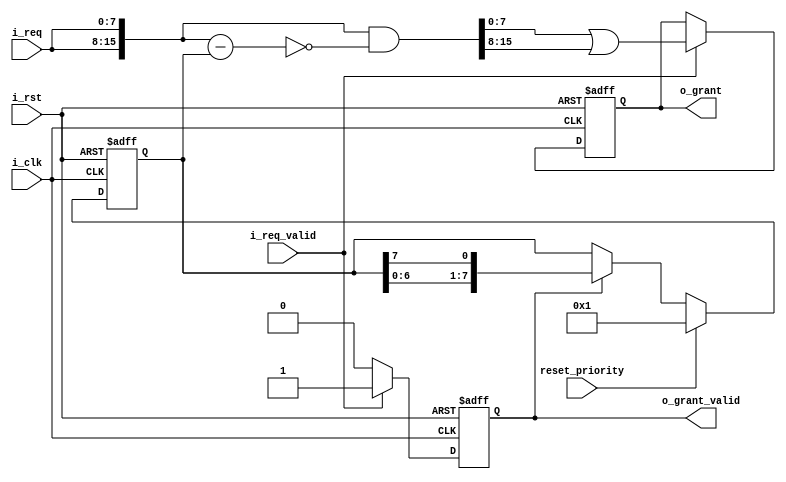
`timescale 1ns / 1ps
//////////////////////////////////////////////////////////////////////////////////
// Company: 
// Engineer: 
// 
// Design Name: 
// Module Name: RR_arbiter
// Project Name: 
// Target Devices: 
// Tool Versions: 
// Description: 
// 
// Dependencies: 
// 
// Revision:
// Revision 0.01 - File Created
// Additional Comments:
// 
//////////////////////////////////////////////////////////////////////////////////


module RR_arbiter#(
    parameter       P_CHANNEL_NUM   =   8
)(
    input                           i_clk               ,
    input                           i_rst               ,
    input  [P_CHANNEL_NUM - 1 : 0]  i_req               ,
    //input  [P_CHANNEL_NUM - 1 : 0]  i_first_priority    ,
    input                           i_req_valid         ,
    output [P_CHANNEL_NUM - 1 : 0]  o_grant             ,
    output                          o_grant_valid       ,
    input                           reset_priority
);
/***************function**************/

/***************parameter*************/

/***************port******************/             

/***************mechine***************/

/***************reg*******************/
reg  [P_CHANNEL_NUM - 1 : 0]    ro_grant        ;
reg                             ro_grant_valid  ;

reg  [P_CHANNEL_NUM - 1 : 0]    round_priority  ;
/***************wire******************/
wire [2*P_CHANNEL_NUM - 1 : 0]  req_sub_first_priority  ;
wire [2*P_CHANNEL_NUM - 1 : 0]  w_double_req    ;
wire [2*P_CHANNEL_NUM - 1 : 0]  w_double_grant  ;
/***************component*************/

/***************assign****************/
assign o_grant  = ro_grant  ;
assign o_grant_valid = ro_grant_valid;
assign req_sub_first_priority = w_double_req - round_priority;
assign w_double_req = {i_req,i_req};
assign w_double_grant = w_double_req & (~req_sub_first_priority);
/***************always****************/
always @(posedge i_clk or posedge i_rst)begin
    if(i_rst)
        round_priority <= 'd1;
    else if(reset_priority)
        round_priority <= 'd1;
    else if(ro_grant_valid)
        round_priority <= {round_priority[P_CHANNEL_NUM - 2 : 0],round_priority[P_CHANNEL_NUM - 1]};
    else
        round_priority <= round_priority;
end

always @(posedge i_clk or posedge i_rst)begin
    if(i_rst)
        ro_grant <= 'd0;
    else if(i_req_valid)
        ro_grant <= w_double_grant[P_CHANNEL_NUM - 1 : 0] | w_double_grant[2*P_CHANNEL_NUM - 1 : P_CHANNEL_NUM];
    else
        ro_grant <= ro_grant;   
end

always @(posedge i_clk or posedge i_rst)begin
    if(i_rst)
        ro_grant_valid <= 'd0;
    else if(i_req_valid)
        ro_grant_valid <= 1'b1;
    else
        ro_grant_valid <= 'd0;   
end

endmodule